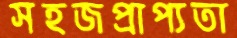
সহজপ্রাপ্যতা